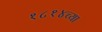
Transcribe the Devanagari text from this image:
१८१४च्या